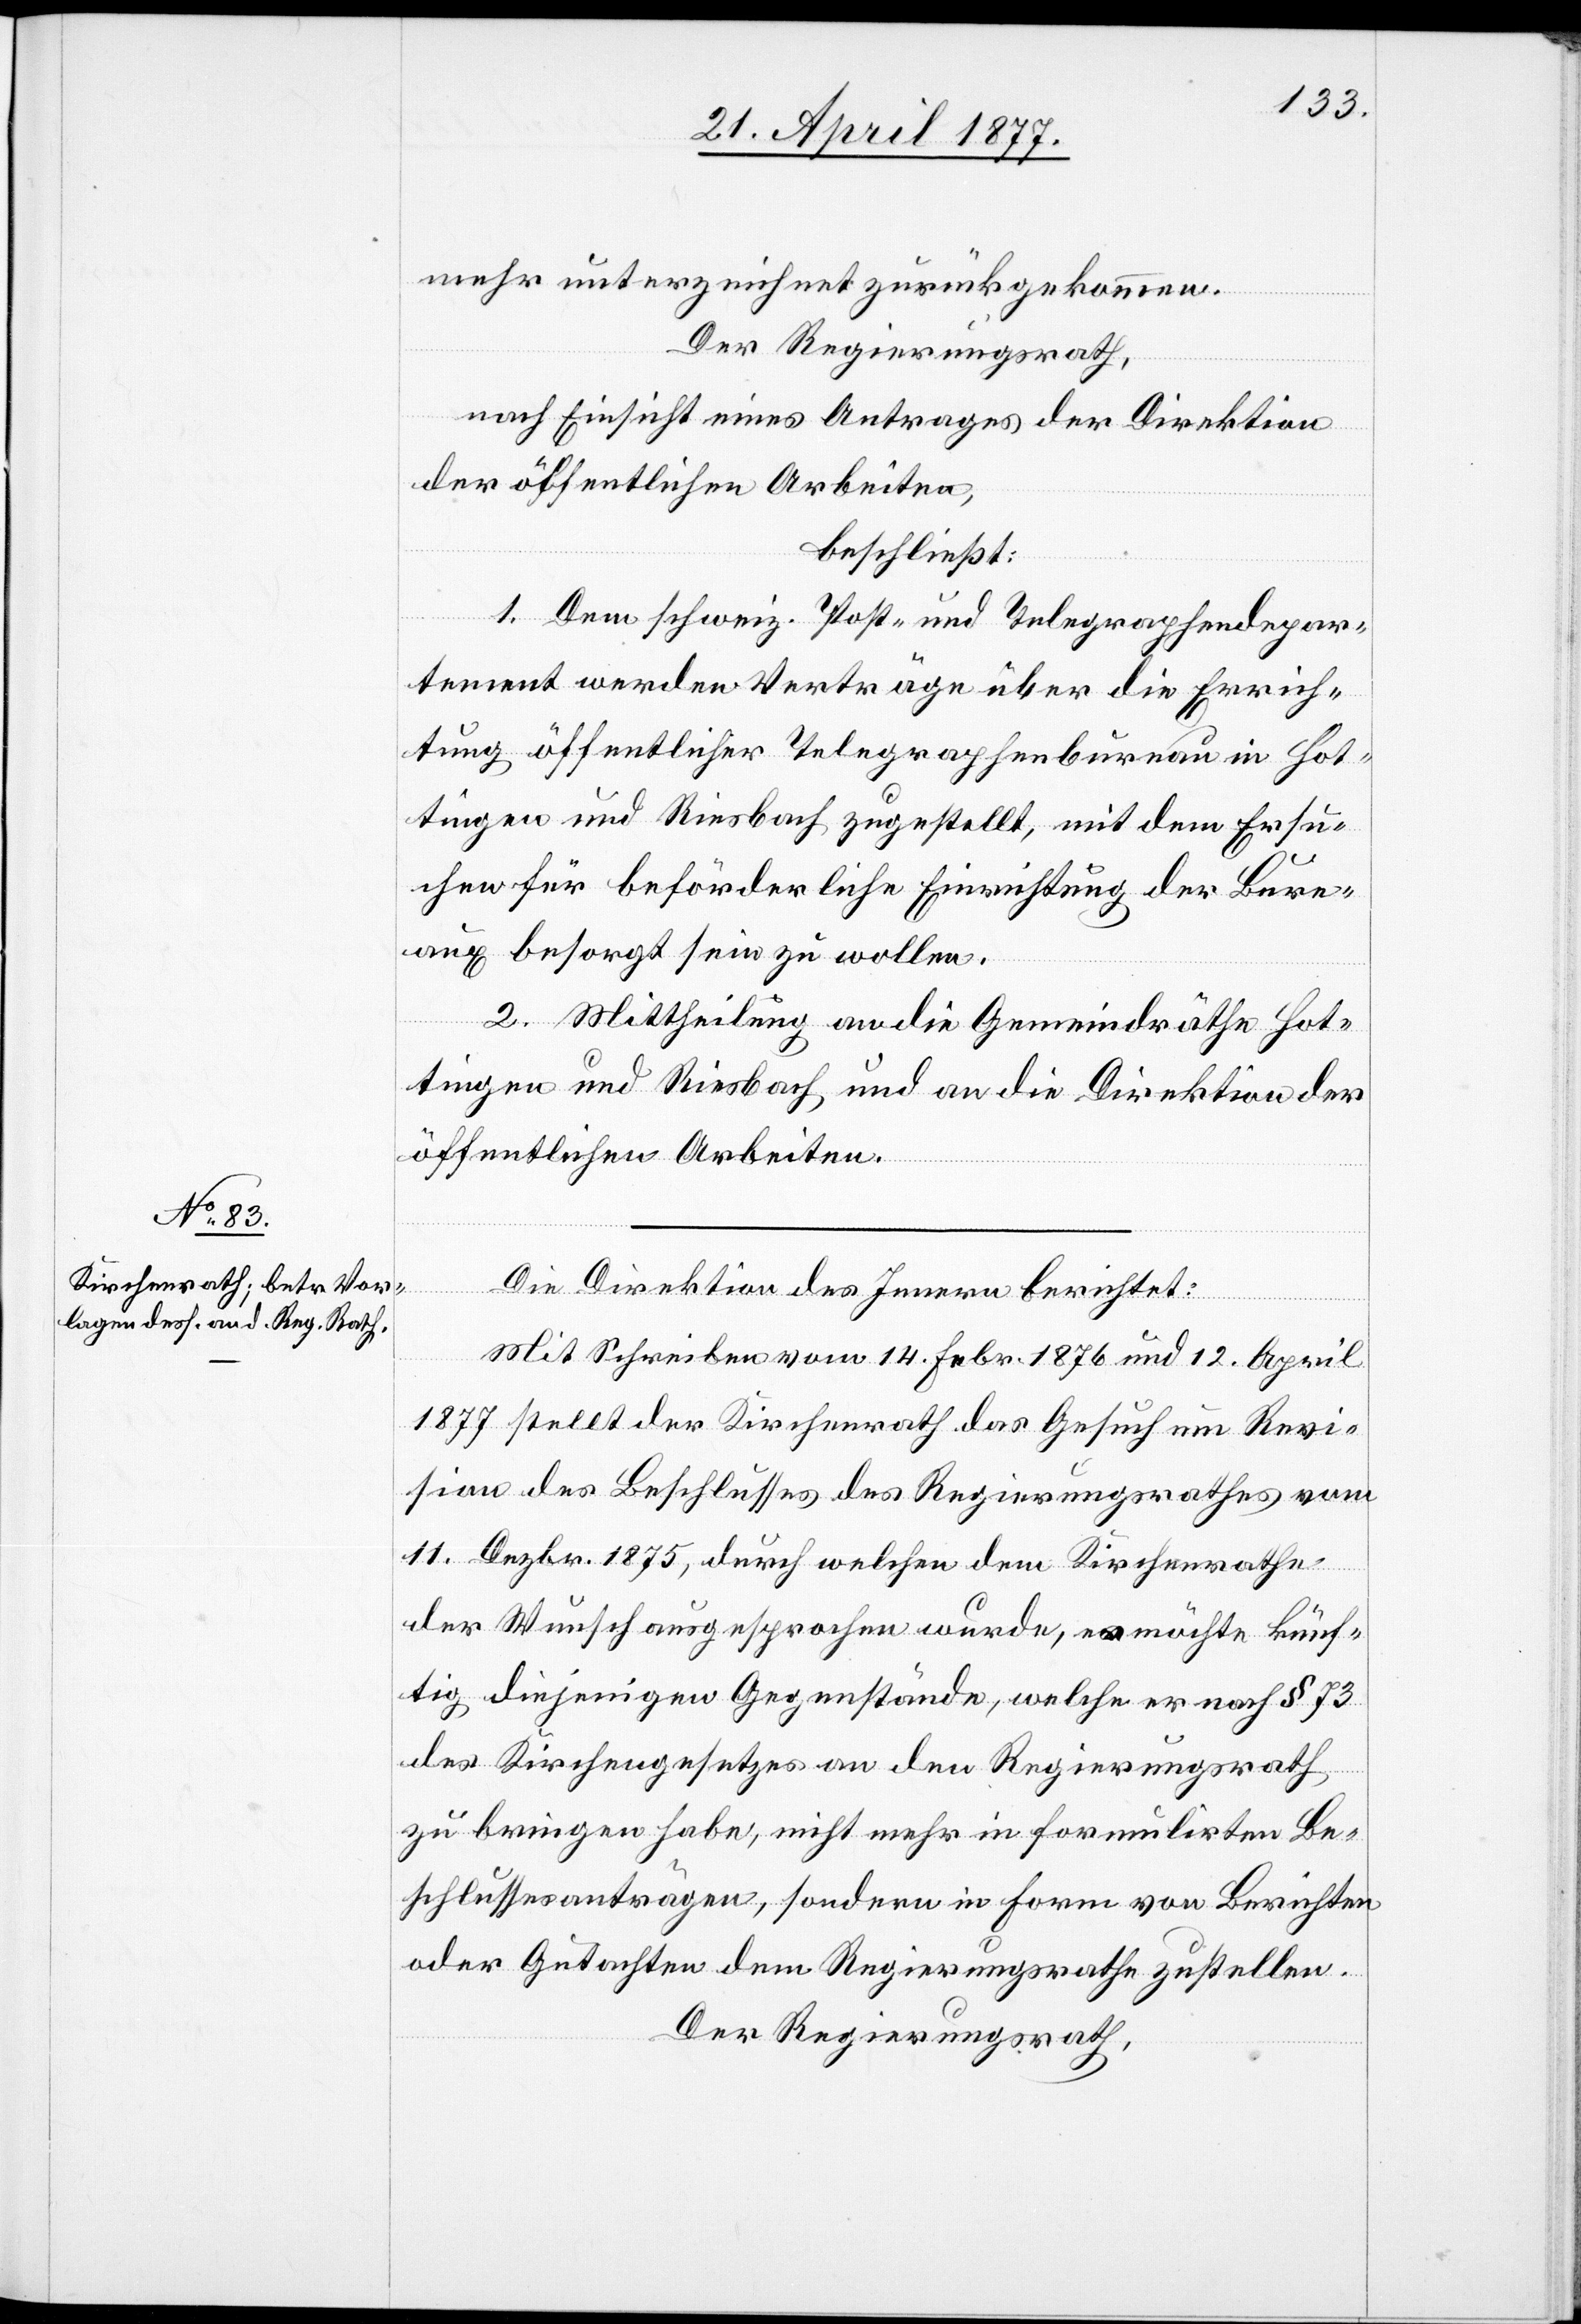
mehr unterzeichnet zurückgekommen.
Der Regierungsrath,
nach Einsicht eines Antrages der Direktion
der öffentlichen Arbeiten,
beschließt:
1. Dem schweiz. Post- und Telegraphendepar¬
tement werden Verträge über die Errich¬
tung öffentlicher Telegraphenbureau in Hot¬
tingen und Riesbach zugestellt, mit dem Ersu¬
chen für beförderliche Einrichtung der Bure¬
aux besorgt sein zu wollen.
2. Mittheilung an die Gemeindräthe Hot¬
tingen und Riesbach und an die Direktion der
öffentlichen Arbeiten.
Die Direktion des Innern berichtet:
Mit Schreiben vom 14. Febr. 1876 und 12. April
1877 stellt der Kirchenrath das Gesuch um Revi¬
sion des Beschlusses des Regierungsrathes vom
11. Dezbr. 1875, durch welchen dem Kirchenrathe
der Wunsch ausgesprochen wurde, er möchte künf¬
tig diejenigen Gegenstände, welche er nach § 73
des Kirchengesetzes an den Regierungsrath
zu bringen habe, nicht mehr in formulirten Be¬
schlussesanträgen, sondern in Form von Berichten
oder Gutachten dem Regierungsrathe zustellen.
Der Regierungsrath,